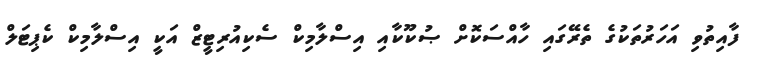
ފާއިތުވި އަހަރުތަކުގެ ތެރޭގައި ހާއްސަކޮށް ޞުކޫކާއި އިސްލާމިކް ސެކިއުރިޓީޒް އަކީ އިސްލާމިކް ކެޕިޓަލް